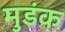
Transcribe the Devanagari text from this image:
मुडंक